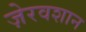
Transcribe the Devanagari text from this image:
ज़ेरवशान